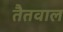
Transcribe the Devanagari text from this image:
तैतवाल